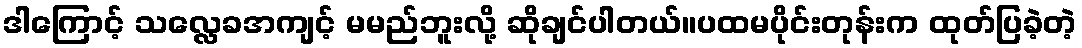
ဒါကြောင့် သလ္လေခအကျင့် မမည်ဘူးလို့ ဆိုချင်ပါတယ်။ပထမပိုင်းတုန်းက ထုတ်ပြခဲ့တဲ့